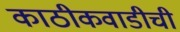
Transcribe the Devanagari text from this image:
काठीकवाडीची